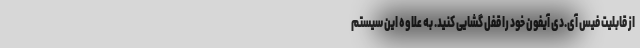
از قابلیت فیس‌ آی.دی آیفون خود را قفل گشایی کنید. به علاوه این سیستم